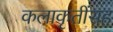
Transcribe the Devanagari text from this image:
कलाकृतींसह